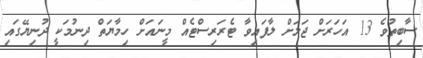
ސާބިތުވެ 13 އަހަރަށް ޖަލަށް ލާފައިވާ ޓެރަރިސްޓެއް މީނައަށް ހިމާޔަތް ދިނުމަކީ ދުނިޔޭގަައި